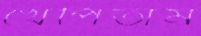
খেপিতাম